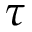
\tau